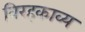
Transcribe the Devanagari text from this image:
विरहकाव्य